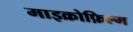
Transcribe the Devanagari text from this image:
माइक्रोफ़िल्म